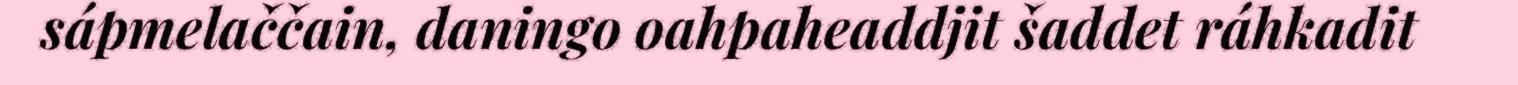
sápmelaččain, daningo oahpaheaddjit šaddet ráhkadit